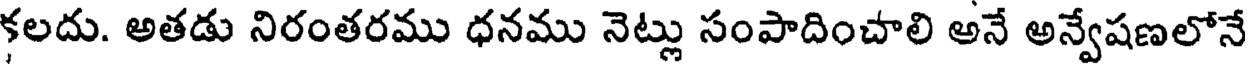
కలదు. అతడు నిరంతరము ధనము నెట్లు సంపాదించాలి అనే అన్వేషణలోనే